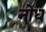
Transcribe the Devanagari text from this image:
नोध